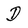
Character: D